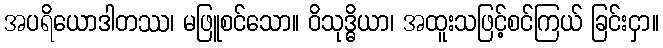
အပရိယောဒါတဿ၊ မဖြူစင်သော။ ဝိသုဒ္ဓိယာ၊ အထူးသဖြင့်စင်ကြယ် ခြင်းငှာ။